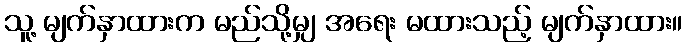
သူ့ မျက်နှာထားက မည်သို့မျှ အရေး မထားသည့် မျက်နှာထား။